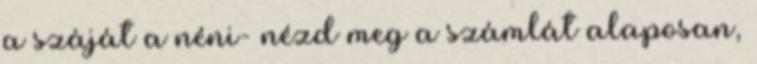
a száját a néni- nézd meg a számlát alaposan,